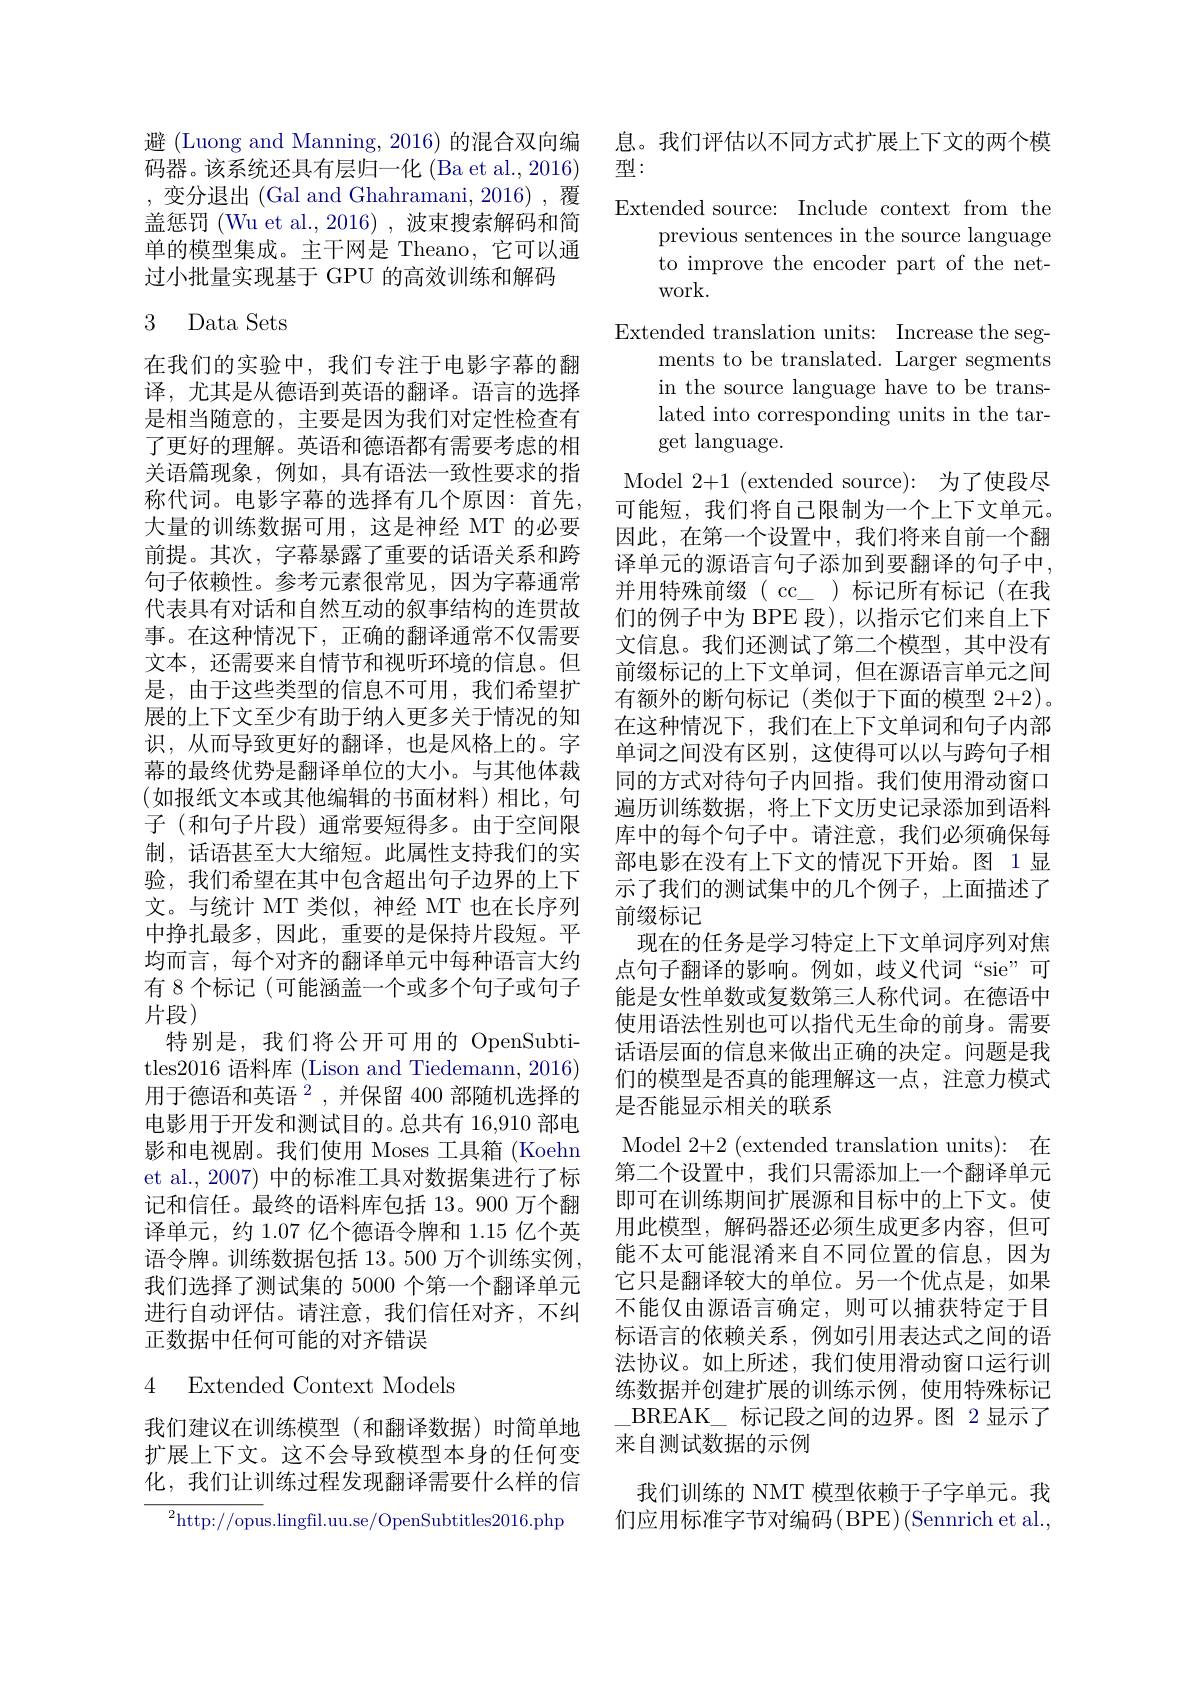
避 (Luong and Manning, 2016) 的混合双向编码器。该系统还具有层归一化 (Ba et al., 2016) ,变分退出(Gal and Ghahramani,2016),覆盖惩罚 (Wu et al.,2016) ,波束搜索解码和简单的模型集成。主干网是 Theano, 它可以通过小批量实现基于 GPU 的高效训练和解码

## 3 Data Sets

在我们的实验中，我们专注于电影字幕的翻译，尤其是从德语到英语的翻译。语言的选择是相当随意的，主要是因为我们对定性检查有了更好的理解。英语和德语都有需要考虑的相关语篇现象，例如，具有语法一致性要求的指称代词。电影字幕的选择有几个原因：首先， 大量的训练数据可用，这是神经 MT 的必要前提。其次，字幕暴露了重要的话语关系和跨句子依赖性。参考元素很常见，因为字幕通常代表具有对话和自然互动的叙事结构的连贯故事。在这种情况下，正确的翻译通常不仅需要文本，还需要来自情节和视听环境的信息。但是，由于这些类型的信息不可用，我们希望扩展的上下文至少有助于纳人更多关于情况的知识，从而导致更好的翻译，也是风格上的。字幕的最终优势是翻译单位的大小。与其他体裁(如报纸文本或其他编辑的书面材料)相比，句子 (和句子片段)通常要短得多。由于空间限制，话语甚至大大缩短。此属性支持我们的实验，我们希望在其中包含超出句子边界的上下文。与统计 MT 类似，神经 MT 也在长序列中挣扎最多，因此，重要的是保持片段短。平均而言，每个对齐的翻译单元中每种语言大约有 8 个标记 (可能涵盖一个或多个句子或句子片段)
特别是，我们将公开可用的 OpenSubtitles2016 语料库 (Lison and Tiedemann, 2016) 用于德语和英语$^2$,并保留 400 部随机选择的电影用于开发和测试目的。总共有 16,910 部电影和电视剧。我们使用 Moses 工具箱 (Koehn et al., 2007) 中的标准工具对数据集进行了标记和信任。最终的语料库包括 13。900 万个翻译单元，约 1.07 亿个德语令牌和 1.15 亿个英语令牌。训练数据包括 13。500 万个训练实例， 我们选择了测试集的 5000 个第一个翻译单元进行自动评估。请注意，我们信任对齐，不纠正数据中任何可能的对齐错误

### 4 Extended Context Models

我们建议在训练模型(和翻译数据)时简单地扩展上下文。这不会导致模型本身的任何变化，我们让训练过程发现翻译需要什么样的信${^{2}\mathrm{http://opus.lingfil.uu.se/OpenSubtitles2016.php}}$

息。我们评估以不同方式扩展上下文的两个模
型：
Extended source: Include context from the
previous sentences in the source language to improve the encoder part of the network.
Extended translation units: Increase the seg-
ments to be translated. Larger segments in the source language have to be translated into corresponding units in the target language.
Model 2+1 (extended source): 为了使段尽可能短，我们将自己限制为一个上下文单元。因此，在第一个设置中，我们将来自前一个翻译单元的源语言句子添加到要翻译的句子中， 并用特殊前缀(cc\_)标记所有标记(在我们的例子中为 BPE 段), 以指示它们来自上下文信息。我们还测试了第二个模型，其中没有前缀标记的上下文单词，但在源语言单元之间有额外的断句标记(类似于下面的模型 2+2)。在这种情况下，我们在上下文单词和句子内部单词之间没有区别，这使得可以以与跨句子相同的方式对待句子内回指。我们使用滑动窗口遍历训练数据，将上下文历史记录添加到语料库中的每个句子中。请注意，我们必须确保每部电影在没有上下文的情况下开始。图 1显示了我们的测试集中的几个例子，上面描述了前缀标记
现在的任务是学习特定上下文单词序列对焦点句子翻译的影响。例如，歧义代词“sie”可能是女性单数或复数第三人称代词。在德语中使用语法性别也可以指代无生命的前身。需要话语层面的信息来做出正确的决定。问题是我们的模型是否真的能理解这一点，注意力模式是否能显示相关的联系
Model 2+2 (extended translation units): 在第二个设置中，我们只需添加上一个翻译单元即可在训练期间扩展源和目标中的上下文。使用此模型，解码器还必须生成更多内容，但可能不太可能混淆来自不同位置的信息，因为它只是翻译较大的单位。另一个优点是，如果不能仅由源语言确定，则可以捕获特定于目标语言的依赖关系，例如引用表达式之间的语法协议。如上所述，我们使用滑动窗口运行训练数据并创建扩展的训练示例，使用特殊标记\_BREAK\_标记段之间的边界。图 2 显示了来自测试数据的示例
我们训练的 NMT 模型依赖于子字单元。我们应用标准字节对编码(BPE)(Sennrich et al.